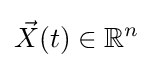
{\vec {X}}(t)\in \mathbb {R} ^{n}